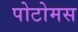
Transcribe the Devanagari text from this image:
पोटोमस